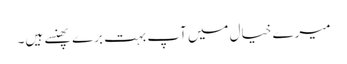
میرے خیال میں آپ بہت برے پھنسے ہیں۔